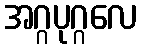
အဂ္ဂပုဂ္ဂလေ